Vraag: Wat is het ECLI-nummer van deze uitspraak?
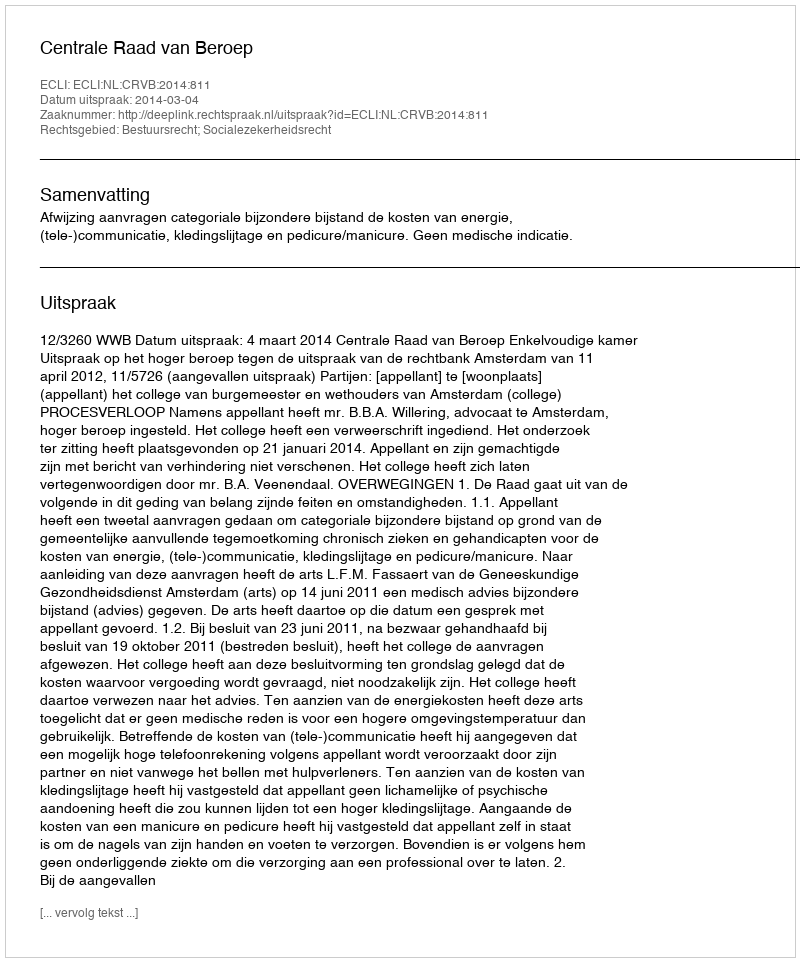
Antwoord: ECLI:NL:CRVB:2014:811